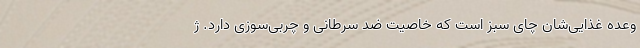
وعده غذایی‌شان چای سبز است که خاصیت ضد سرطانی و چربی‌سوزی دارد. ژ